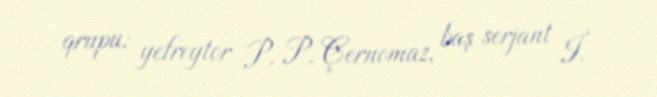
qrupu: yefreytor P. P. Çernomaz, baş serjant İ.